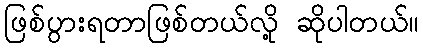
ဖြစ်ပွားရတာဖြစ်တယ်လို့ ဆိုပါတယ်။